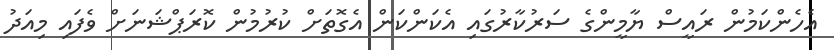
އެހެންކަމުން ރައީސް ޔާމީންގެ ސަރުކާރުގައި އެކަންކަން އެގޮތަށް ކުރުމުން ކޮރަޕްޝަނަށް ވެފައި މިއަދު